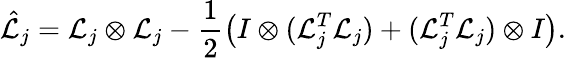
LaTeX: \hat{\mathcal{L}}_{j}=\mathcal{L}_{j}\otimes\mathcal{L}_{j}-\frac{1}{2}\left(I\otimes(\mathcal{L}_{j}^{T}\mathcal{L}_{j})+(\mathcal{L}_{j}^{T}\mathcal{L}_{j})\otimes I\right).